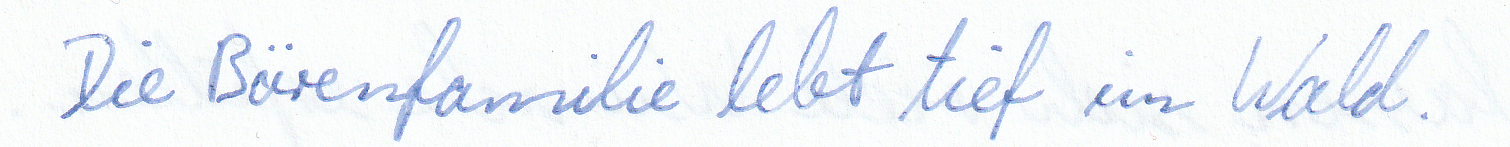
Die Bärenfamilie lebt tief im Wald.